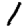
Digit: 1